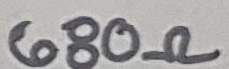
Text: 680Ω